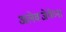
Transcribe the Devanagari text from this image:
अलेक्जेयेव्ना